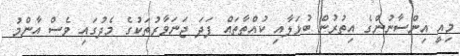
މިއީ އިންސާނުންގެ އިތުރުން ބުޅަލާއި ކުއްތާތައް ފަދަ ޖަނަވާރުތަކުގެ މެދުގައި ވެސް އާންމު